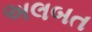
અલબત